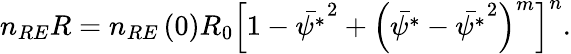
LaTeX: \begin{array}{r}{n_{RE}R=n_{RE}\left(0\right)R_{0}\left[1-\bar{\psi^{*}}^{2}+\left(\bar{\psi^{*}}-\bar{\psi^{*}}^{2}\right)^{m}\right]^{n}.}\end{array}